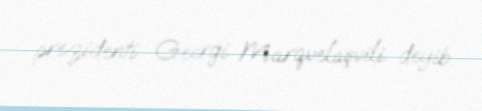
prezidenti Georgi Marqvelaşvili deyib.